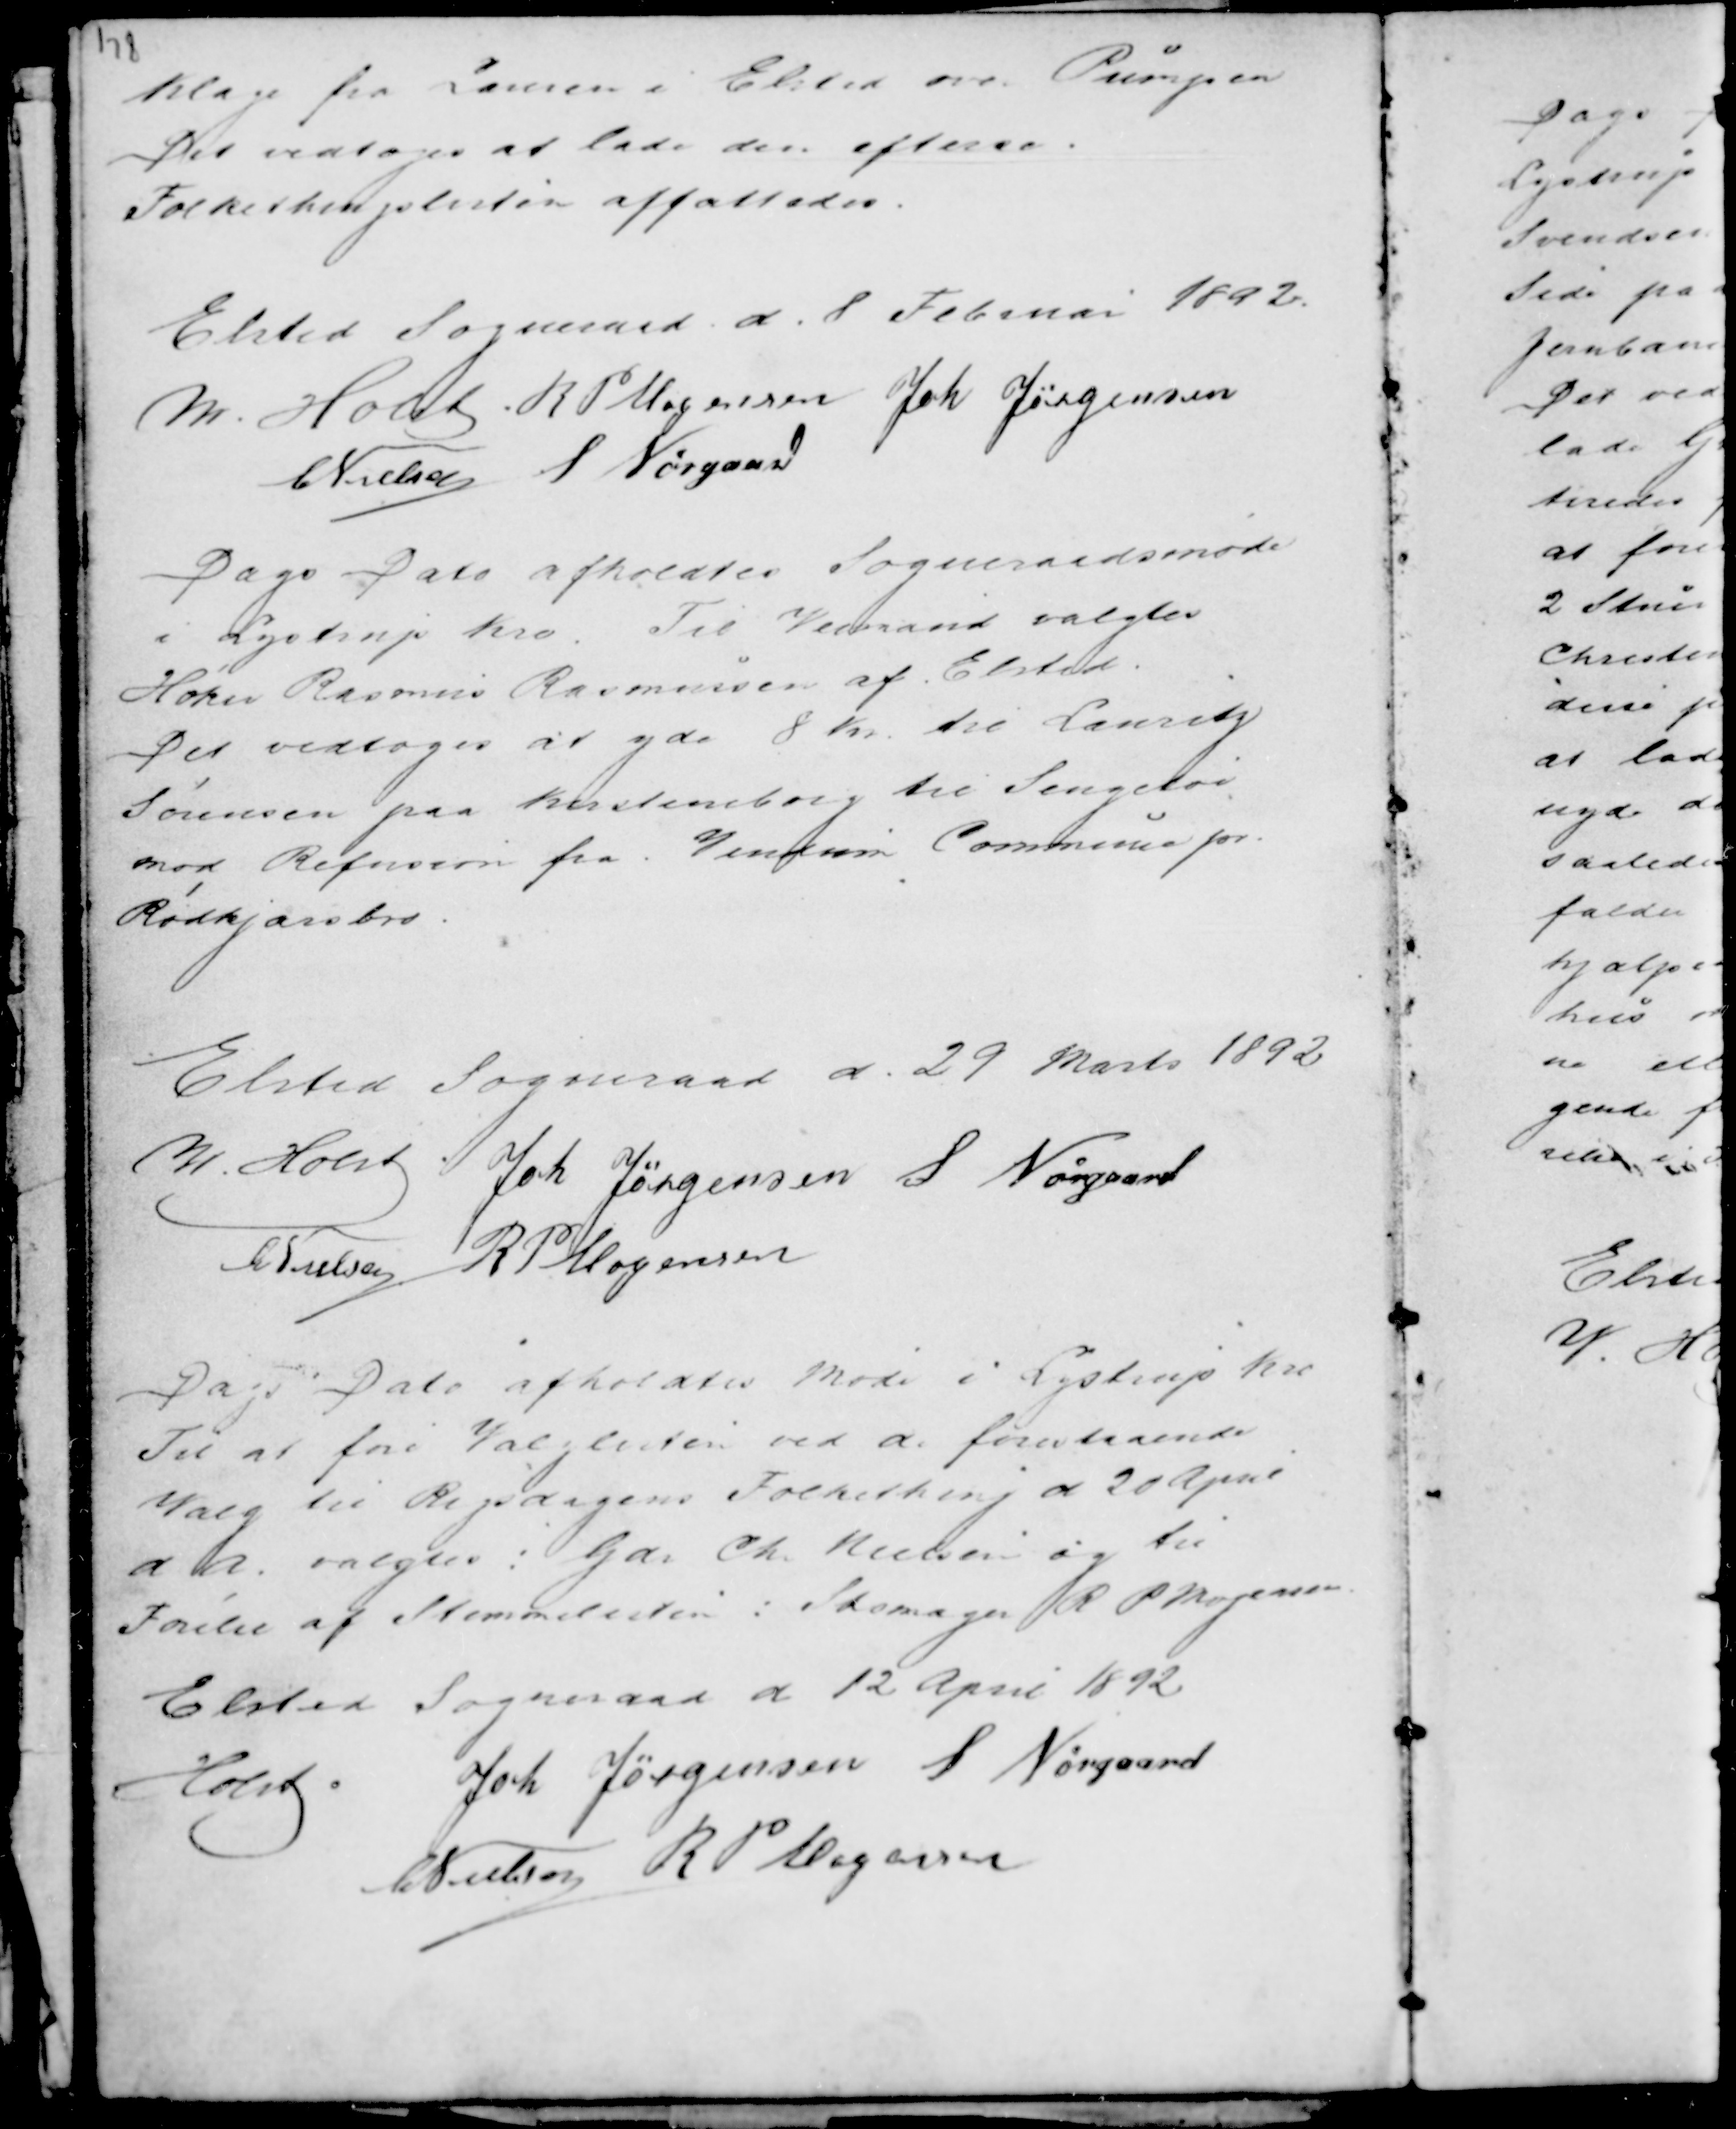
Transskription:
klage fra Læreren i Elsted over Pumpen
Det vedtoges at lade den efterse.
Folkethingslisten affattedes.

Elsted Sogneraad d. 8. Februar 1892.
M. Holst R P Mogensen Joh Jørgensen
C Nielsen S Nørgaard

Dags Dato afholdtes Sogneraadsmøde
i Lystrup Kro. Til Veimand valgtes
Høker Rasmus Rasmussen af Elsted.
Det vedtoges at yde 8 Kr til Lanstj
Sørensen paa Kirstineborg til Sengetøi
mod Refussion fra Vindum Commune pr.
Rødkjærsbro.

Elsted Sogneraad d. 29 Marts 1892
M Holst Joh Jørgensen S Nørgaard
C Nielsen R P Mogensen

Dags Dato afholdtes Møde i Lystrup Kro
Til at føre Valglisten ved d. forestaaende
Valg til Rigsdagens Folkething d 20 April
d a. valgtes : Gdr Ch. Nielsen og til
Førelse af Stemmelisten : Skomager R P Mogensen.

Elsted Sogneraad d 12 April 1892.
Holst . Joh Jørgensen S Nørgaard
C Nielsen R P Mogensen